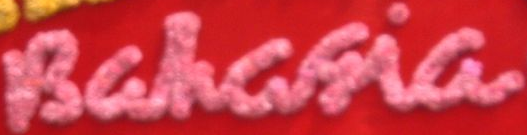
Bahchia